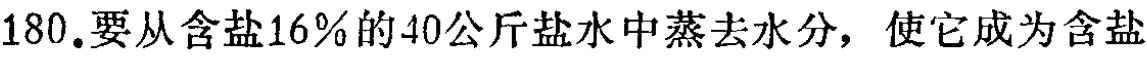
180.要从含盐16%的40公斤盐水中蒸去水分，使它成为含盐